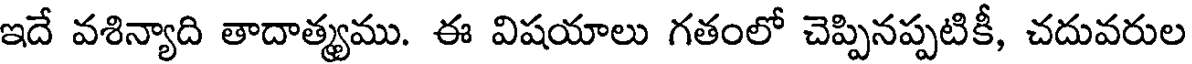
ఇదే వశిన్యాది తాదాత్యము. ఈ విషయాలు గతంలో చెప్పినప్పటికీ, చదువరుల